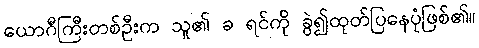
ယောဂီကြီးတစ်ဦးက သူ၏ ခ ရင်ကို ခွဲ၍ထုတ်ပြနေပုံဖြစ်၏။